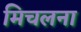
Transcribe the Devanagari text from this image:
मिचलना